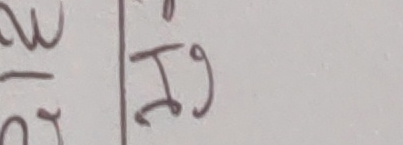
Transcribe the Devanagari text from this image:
२म व Ig ज९